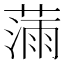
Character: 𫉗